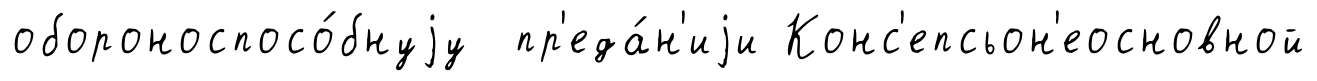
обороноспосо́бнуjу пр'еда́н'иjи Конс'епсьон'еосновной